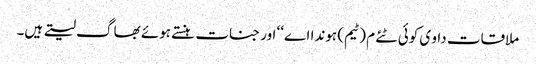
ملاقات داو ی کوئی ٹئے م (ٹیم) ہوندا اے‘‘ اور جنات ہنستے ہوئے بھاگ لیتے ہیں۔